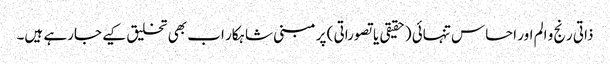
ذاتی رنج و الم اور احساس تنہائی (حقیقی یا تصوراتی ) پر مبنی شاہکار اب بھی تخلیق کیے جارہے ہیں۔